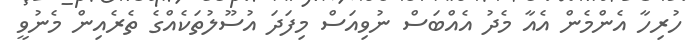
ހުރިހާ އެންމެން އެއާ މެދު އެއްބަސް ނުވިއަސް މިފަދަ އުސޫލުތަކެއްގެ ތެރެއިން މެނުވީ